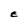
Character: E